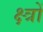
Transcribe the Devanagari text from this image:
क्ष्त्रों